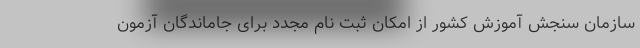
سازمان سنجش آموزش کشور از امکان ثبت نام مجدد برای جاماندگان آزمون